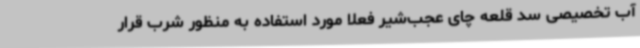
آب تخصیصی سد قلعه چای عجب‌شیر فعلاً مورد استفاده به منظور شرب قرار